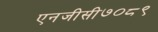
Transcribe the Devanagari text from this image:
एनजीसी७०८९